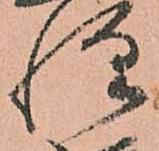
惶